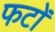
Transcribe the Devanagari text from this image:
फटों